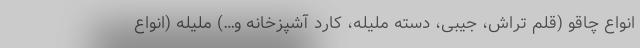
انواع چاقو (قلم تراش، جیبی، دسته ملیله، کارد آشپزخانه و…) ملیله (انواع